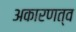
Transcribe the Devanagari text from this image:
अकारणत्व